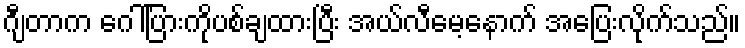
ဂျီတာက ဂေါ်ပြားကိုပစ်ချထားပြီး အယ်လီမေ့နောက် အပြေးလိုက်သည်။